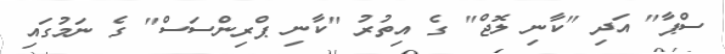
ސްޕާ" އަދި "ކާނި ލޮޖް" ގެ އިތުރު "ކާނި ޕްރިންސަސް" ގެ ނަމުގައި